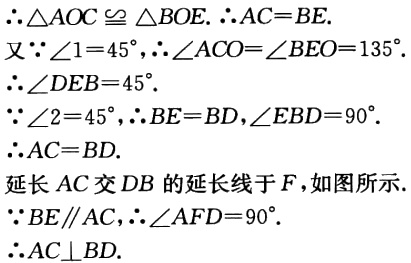
$\because \triangle AOC\cong \triangle BOE.\ \therefore AC = BE.$

又$\because \angle 1 = 45^{\circ},\ \therefore \angle ACO=\angle BEO = 135^{\circ}.$

$\therefore \angle DEB = 45^{\circ}.$

$\because \angle 2 = 45^{\circ},\ \therefore BE = BD,\angle EBD = 90^{\circ}.$

$\therefore AC = BD.$

延长$AC$交$DB$的延长线于$F$，如图所示.

$\because BE\parallel AC,\ \therefore \angle AFD = 90^{\circ}.$

$\therefore AC\perp BD.$